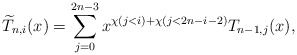
\begin{align*}\widetilde{T}_{n,i}(x)=\sum_{j=0}^{2n-3} x^{\chi\left(j<i\right)+\chi\left(j<2n-i-2\right)}T_{n-1,j}(x),\end{align*}